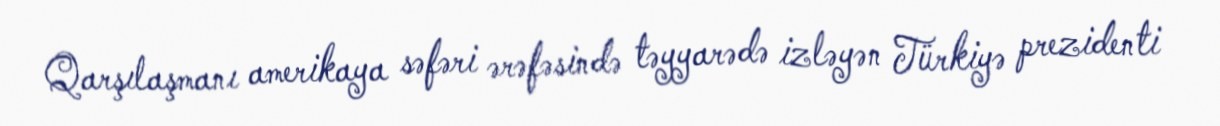
Qarşılaşmanı amerikaya səfəri ərəfəsində təyyarədə izləyən Türkiyə prezidenti